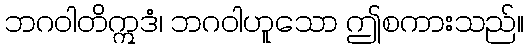
ဘဂဝါတိဣဒံ၊ ဘဂဝါဟူသော ဤစကားသည်။